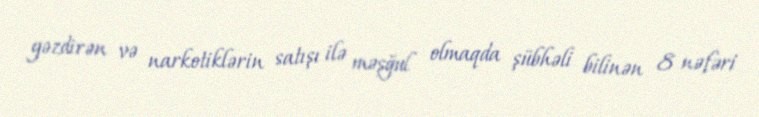
gəzdirən və narkotiklərin satışı ilə məşğul olmaqda şübhəli bilinən 8 nəfəri